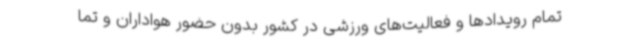
تمام رویدادها و فعالیت‌های ورزشی در کشور بدون حضور هواداران و تما